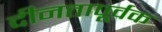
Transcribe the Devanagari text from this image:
दीनतापूर्वक